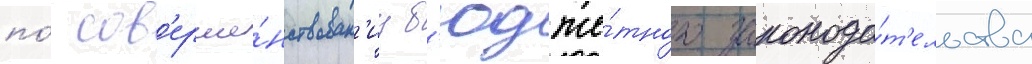
по́ сов'ерше́нствован'иу б'юдже́тного законода́т'ельства